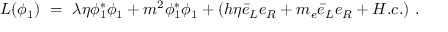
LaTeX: { \cal L } ( \phi _ { 1 } ) ~ = ~ \lambda \eta \phi _ { 1 } ^ { * } \phi _ { 1 } + m ^ { 2 } \phi _ { 1 } ^ { * } \phi _ { 1 } + ( h \eta \bar { e } _ { L } e _ { R } + m _ { e } \bar { e } _ { L } e _ { R } + H . c . ) \ .